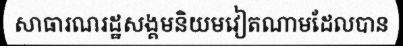
សាធារណរដ្ឋសង្គមនិយមវៀតណាមដែលបាន